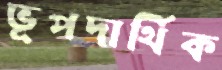
ভূপদার্থিক